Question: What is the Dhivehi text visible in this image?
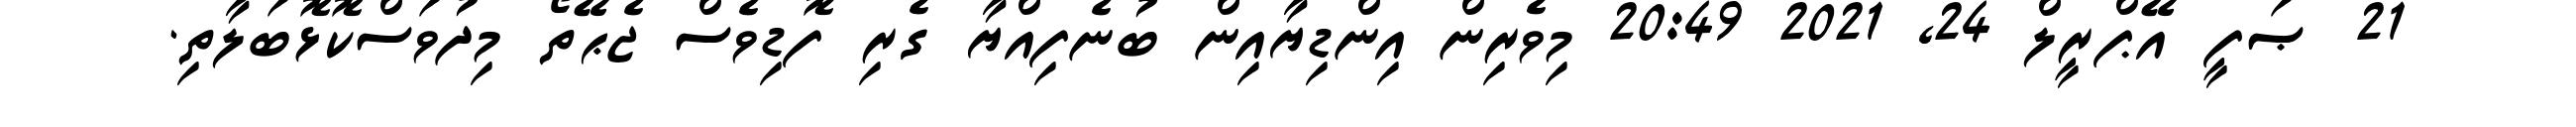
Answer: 21 ޞަފީ އޭޕްރީލް 24, 2021 20:49 މިވެރިން އިންޑިޔާއިން ބުނެފިއްޔާ ގެރި ފޮޑިވެސް ޖެޙޭތޯ މިދުވަސްކޮޅޮބަލާތި.